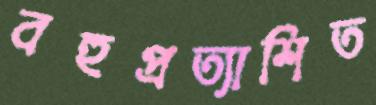
বহুপ্রত্যাশিত